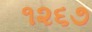
૧૨૬૭